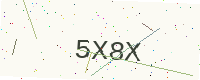
Text: 5X8X